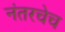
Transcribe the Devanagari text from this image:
नंतरचेच